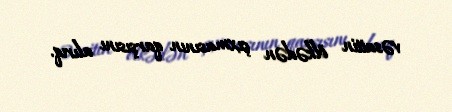
vəsaitin ölkədən çıxmasının qarşısını alırıq.